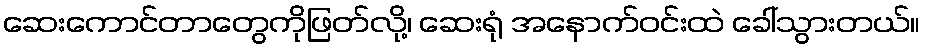
ဆေးကောင်တာတွေကိုဖြတ်လို့၊ ဆေးရုံ အနောက်ဝင်းထဲ ခေါ်သွားတယ်။